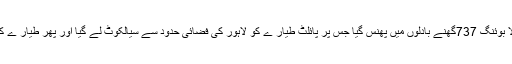
عمان ایئرکا مسقط سے آنے والا بوئنگ 737گھنے بادلوں میں پھنس گیا جس پر پائلٹ طیار ے کو لاہور کی فضائی حدود سے سیالکوٹ لے گیا اور پھر طیار ے کا رخ مسقط کی جانب موڑ دیا ۔